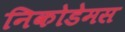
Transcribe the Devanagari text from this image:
निकोडेमस